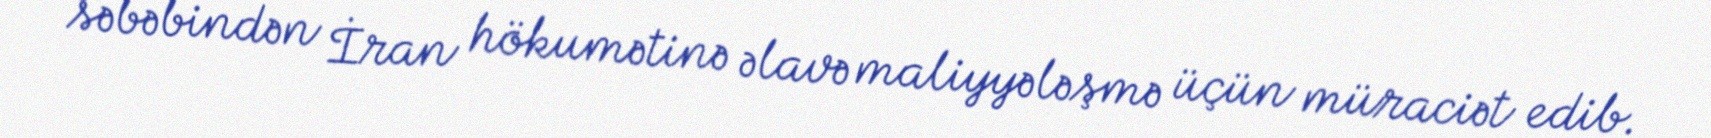
səbəbindən İran hökumətinə əlavə maliyyələşmə üçün müraciət edib.